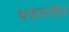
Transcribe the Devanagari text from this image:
धवलगीत